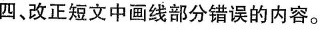
四、改正短文中画线部分错误的内容。